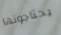
يحتاجونها